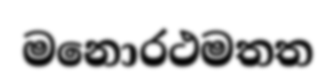
මනොරථමතත